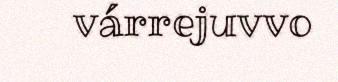
várrejuvvo